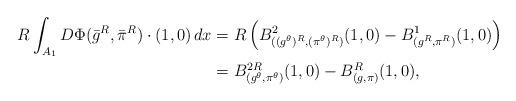
LaTeX: \begin{align*}R\int_{A_1} D\Phi(\bar{g}^R, \bar{\pi}^R)\cdot (1,0) \, dx&= R \left(B^2_{((g^\theta)^R,(\pi^\theta)^R)}(1,0) - B^1_{(g^R,\pi^R)} (1,0)\right) \\&= B^{2R}_{(g^\theta, \pi^\theta)}(1,0) - B^R_{(g,\pi)}(1,0),\end{align*}